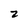
Character: z